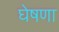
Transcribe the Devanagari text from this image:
घेषणा